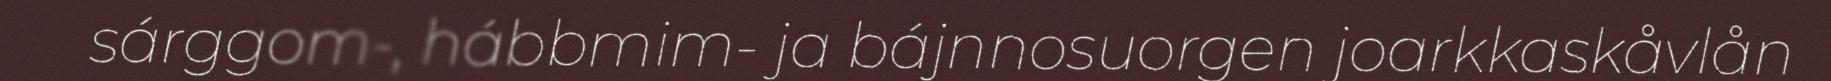
sárggom-, hábbmim- ja bájnnosuorgen joarkkaskåvlån